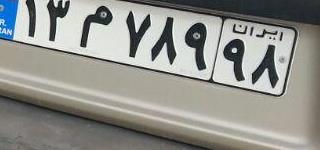
۱۳م۷۸۹۹۸